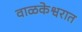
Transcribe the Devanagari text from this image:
वाळकेश्वरात